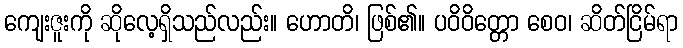
ကျေးဇူးကို ဆိုလေ့ရှိသည်လည်း။ ဟောတိ၊ ဖြစ်၏။ ပဝိဝိတ္တော စေဝ၊ ဆိတ်ငြိမ်ရာ